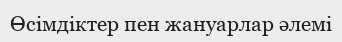
Өсімдіктер пен жануарлар әлемі